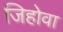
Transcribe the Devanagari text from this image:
जिहोवा